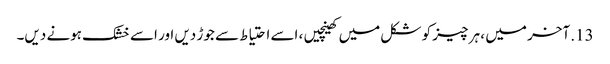
13. آخر میں ، ہر چیز کو شکل میں کھینچیں ، اسے احتیاط سے جوڑ دیں اور اسے خشک ہونے دیں۔